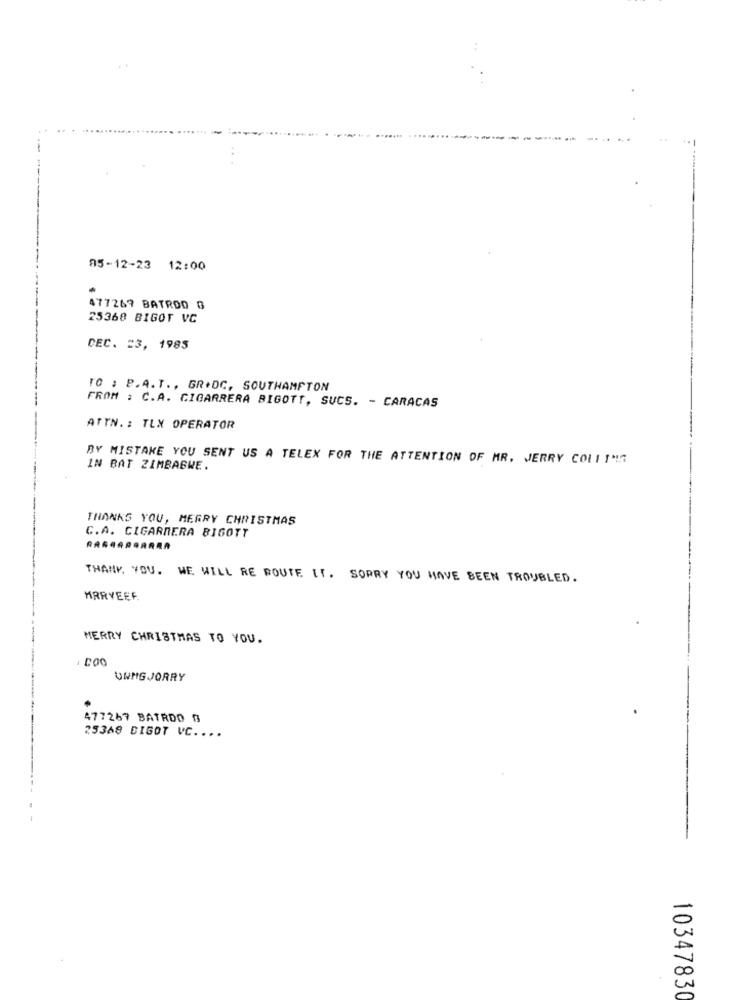
85-12-23 12:00
477267 BATROO G
25368 BIGOT VC
DEC. 23, 1985
TO : P.A.T ., GR+DC, SOUTHAMPTON
FROM : C.A. CIGARRERA BIGOTT, SUCS. - CARACAS
ATTN .: TLX OPERATOR
BY MISTAKE YOU SENT US A TELEX FOR THE ATTENTION OF MR. JERRY COLLI" !!
IN BAT ZIMBABWE.
THANKS YOU, MERRY CHRISTMAS
C.A. CIGARRERA BIGOTT
THANK YOU. WE WILL RE ROUTE IT. SORRY YOU HAVE BEEN TROUBLED.
MARYEEF
MERRY CHRISTMAS TO YOU.
UWMIG JORRY
477267 BATRDO ₿
25368 BIGOT VC.
10347830